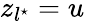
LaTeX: z_{l^{\star}}=u